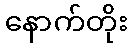
နောက်တိုး